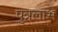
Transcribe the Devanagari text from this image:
पुत्रलाभ